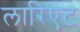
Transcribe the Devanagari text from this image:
लारिएट